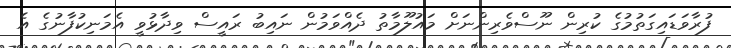
ފުރާވަޑައިގަތުމުގެ ކުރިން ނޫސްވެރިންނަށް މައުލޫމާތު ދެއްވަމުން ނައިބު ރައީސް ވިދާޅުވީ އެމަނިކުފާނުގެ އެ